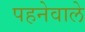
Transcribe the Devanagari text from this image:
पहनेवाले